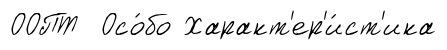
ООПТ Осо́бо Характ'ер'и́ст'ика